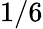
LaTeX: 1/6